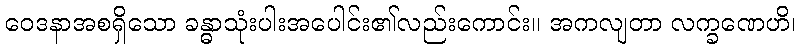
ဝေဒနာအစရှိသော ခန္ဓာသုံးပါးအပေါင်း၏လည်းကောင်း။ အကလျတာ လက္ခဏေဟိ၊